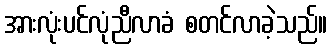
အားလုံးပင်လုံညီလာခံ စတင်လာခဲ့သည်။